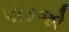
પાડજો